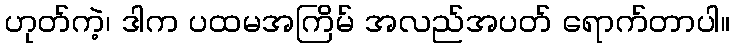
ဟုတ်ကဲ့၊ ဒါက ပထမအကြိမ် အလည်အပတ် ရောက်တာပါ။